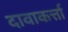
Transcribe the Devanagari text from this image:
दावाकर्त्ता